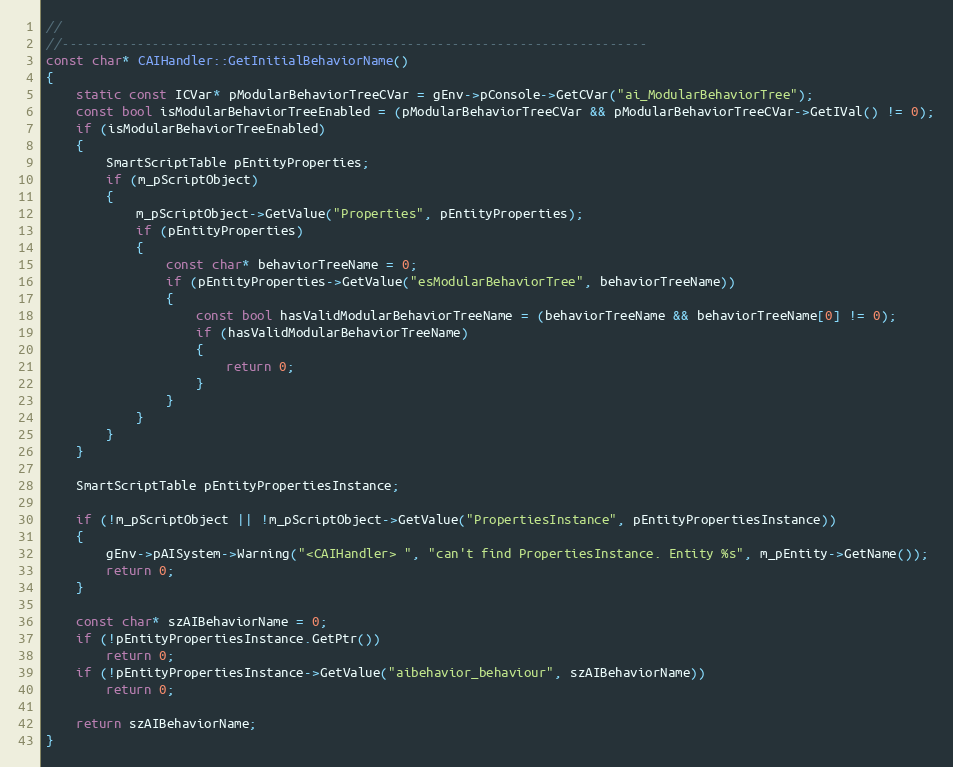
Language: C++
//
//------------------------------------------------------------------------------
const char* CAIHandler::GetInitialBehaviorName()
{
	static const ICVar* pModularBehaviorTreeCVar = gEnv->pConsole->GetCVar("ai_ModularBehaviorTree");
	const bool isModularBehaviorTreeEnabled = (pModularBehaviorTreeCVar && pModularBehaviorTreeCVar->GetIVal() != 0);
	if (isModularBehaviorTreeEnabled)
	{
		SmartScriptTable pEntityProperties;
		if (m_pScriptObject)
		{
			m_pScriptObject->GetValue("Properties", pEntityProperties);
			if (pEntityProperties)
			{
				const char* behaviorTreeName = 0;
				if (pEntityProperties->GetValue("esModularBehaviorTree", behaviorTreeName))
				{
					const bool hasValidModularBehaviorTreeName = (behaviorTreeName && behaviorTreeName[0] != 0);
					if (hasValidModularBehaviorTreeName)
					{
						return 0;
					}
				}
			}
		}
	}

	SmartScriptTable pEntityPropertiesInstance;

	if (!m_pScriptObject || !m_pScriptObject->GetValue("PropertiesInstance", pEntityPropertiesInstance))
	{
		gEnv->pAISystem->Warning("<CAIHandler> ", "can't find PropertiesInstance. Entity %s", m_pEntity->GetName());
		return 0;
	}

	const char* szAIBehaviorName = 0;
	if (!pEntityPropertiesInstance.GetPtr())
		return 0;
	if (!pEntityPropertiesInstance->GetValue("aibehavior_behaviour", szAIBehaviorName))
		return 0;

	return szAIBehaviorName;
}